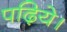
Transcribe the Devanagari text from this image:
पढ़िये।